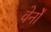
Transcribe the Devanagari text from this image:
वेर्नों